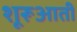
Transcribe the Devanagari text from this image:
शूरूआती